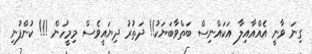
ގިނަ ވާނީ އެއްއާއިލާ އަކައްނިސް ބަތްވާބަޔަކު!! ދަތުރު ދިޔައީވެސް މިމީހުން !!! ކުންފުނި